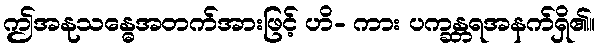
ဤအနုသန္ဓေအတက်အားဖြင့် ဟိ- ကား ပက္ခန္တရအနက်ရှိ၏။